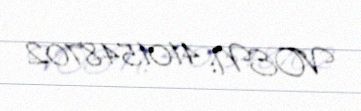
VOEN: 4101548702